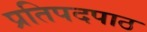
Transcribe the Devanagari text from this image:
प्रतिपदपाठ